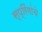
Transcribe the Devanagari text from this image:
स्प्रिंगांचे